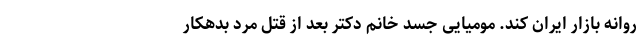
روانه بازار ایران کند. مومیایی جسد خانم دکتر بعد از قتل مرد بدهکار